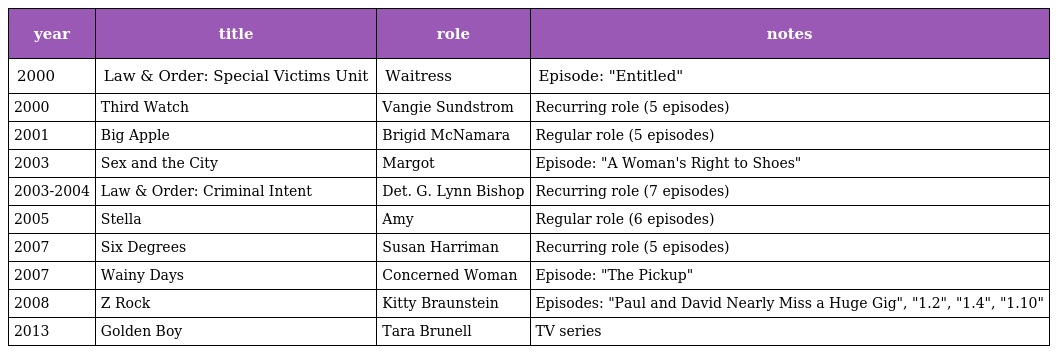
| year | title | role | notes |
 | --- | --- | --- | --- |
 | 2000 | Law & Order: Special Victims Unit | Waitress | Episode: "Entitled" |
 | 2000 | Third Watch | Vangie Sundstrom | Recurring role (5 episodes) |
 | 2001 | Big Apple | Brigid McNamara | Regular role (5 episodes) |
 | 2003 | Sex and the City | Margot | Episode: "A Woman's Right to Shoes" |
 | 2003-2004 | Law & Order: Criminal Intent | Det. G. Lynn Bishop | Recurring role (7 episodes) |
 | 2005 | Stella | Amy | Regular role (6 episodes) |
 | 2007 | Six Degrees | Susan Harriman | Recurring role (5 episodes) |
 | 2007 | Wainy Days | Concerned Woman | Episode: "The Pickup" |
 | 2008 | Z Rock | Kitty Braunstein | Episodes: "Paul and David Nearly Miss a Huge Gig", "1.2", "1.4", "1.10" |
 | 2013 | Golden Boy | Tara Brunell | TV series |